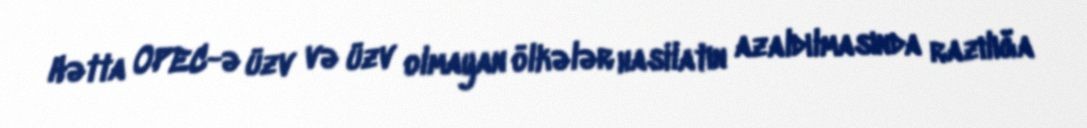
Hətta OPEC-ə üzv və üzv olmayan ölkələr hasilatın azaldılmasında razılığa